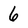
Character: 6